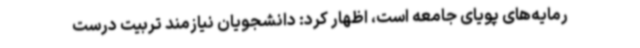
رمایه‌های پویای جامعه است، اظهار کرد: دانشجویان نیازمند تربیت درست